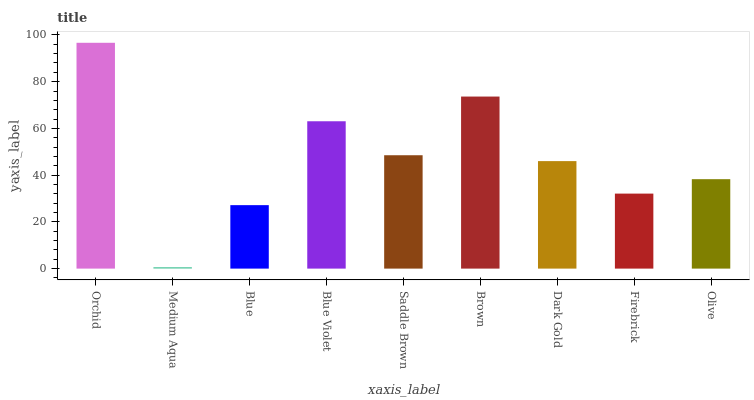
| xaxis_label | bars |
 | --- | --- |
 | Orchid | 96.6 |
 | Medium Aqua | 0.64 |
 | Blue | 27.2 |
 | Blue Violet | 63.1 |
 | Saddle Brown | 48.5 |
 | Brown | 73.6 |
 | Dark Gold | 46 |
 | Firebrick | 32.1 |
 | Olive | 38.3 |